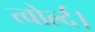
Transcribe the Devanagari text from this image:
त्वोर्ल्द।